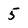
Character: 5